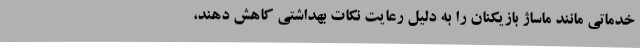
خدماتی مانند ماساژ بازیکنان را به دلیل رعایت نکات بهداشتی کاهش دهند،